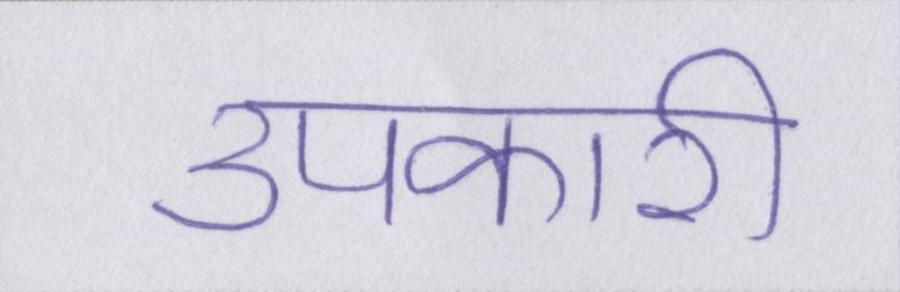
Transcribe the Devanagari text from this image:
उपकारी